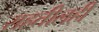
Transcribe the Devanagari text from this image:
राहतीलही